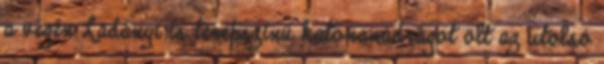
a végén Ladányi is terepszínű katonanadrágot ölt az utolsó